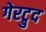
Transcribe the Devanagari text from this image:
गेरट्रुद